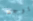
يوجد